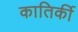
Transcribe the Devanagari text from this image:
कातिर्की